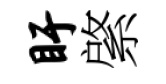
盱綮